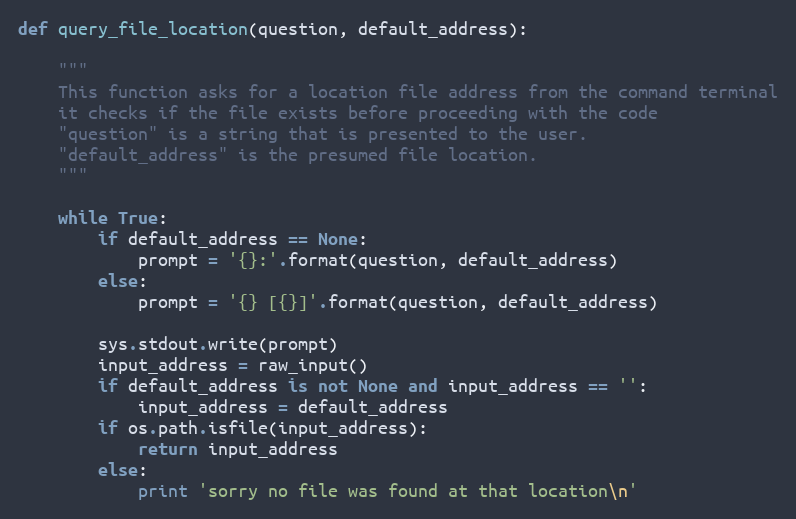
Language: Python
def query_file_location(question, default_address):

    """
    This function asks for a location file address from the command terminal
    it checks if the file exists before proceeding with the code
    "question" is a string that is presented to the user.
    "default_address" is the presumed file location.
    """

    while True:
        if default_address == None:
            prompt = '{}:'.format(question, default_address)
        else:
            prompt = '{} [{}]'.format(question, default_address)

        sys.stdout.write(prompt)
        input_address = raw_input()
        if default_address is not None and input_address == '':
            input_address = default_address
        if os.path.isfile(input_address):
            return input_address
        else:
            print 'sorry no file was found at that location\n'